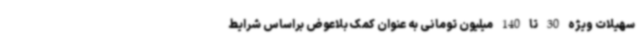
سهیلات ویژه 30 تا 140 میلیون تومانی به عنوان کمک بلاعوض براساس شرایط